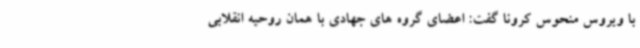
با ویروس منحوس کرونا گفت: اعضای گروه های جهادی با همان روحیه انقلابی